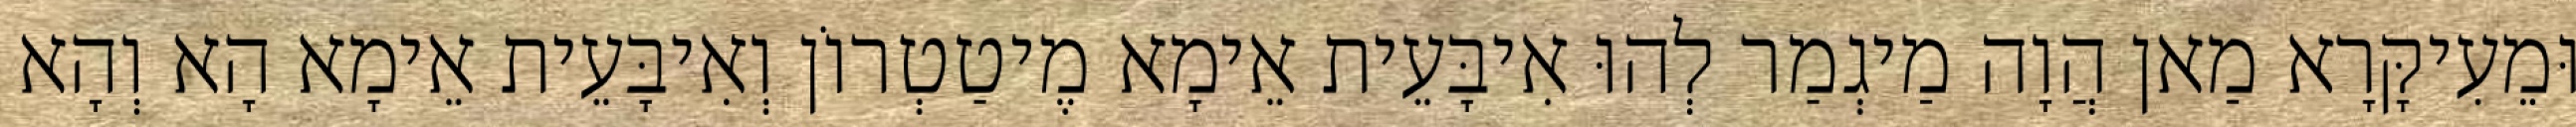
וּמֵעִיקָּרָא מַאן הֲוָה מַיגְמַר לְהוּ אִיבָּעֵית אֵימָא מֶיטַטְרוֹן וְאִיבָּעֵית אֵימָא הָא וְהָא